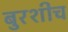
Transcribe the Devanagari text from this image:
बुरशीच